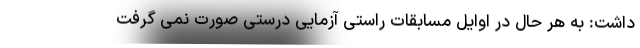
داشت: به هر حال در اوایل مسابقات راستی آزمایی درستی صورت نمی گرفت